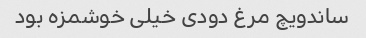
ساندویچ مرغ دودی خیلی خوشمزه بود